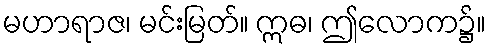
မဟာရာဇ၊ မင်းမြတ်။ ဣဓ၊ ဤလောက၌။